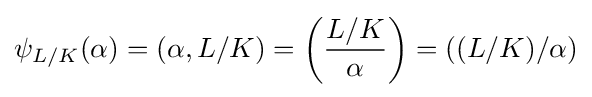
\psi _{L/K}(\alpha )=(\alpha ,L/K)=\left({\frac {L/K}{\alpha }}\right)=((L/K)/\alpha )